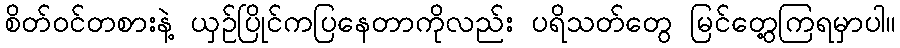
စိတ်ဝင်တစားနဲ့ ယှဉ်ပြိုင်ကပြနေတာကိုလည်း ပရိသတ်တွေ မြင်တွေ့ကြရမှာပါ။